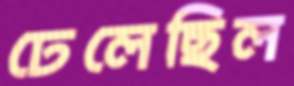
ঢেলেছিল